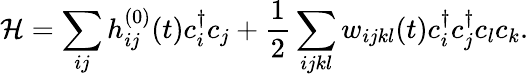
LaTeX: \mathcal{H}=\sum_{ij}h_{ij}^{(0)}(t)c_{i}^{\dagger}c_{j}+\frac{1}{2}\sum_{ijkl}w_{ijkl}(t)c_{i}^{\dagger}c_{j}^{\dagger}c_{l}c_{k}.